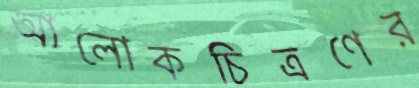
আলোকচিত্রণের